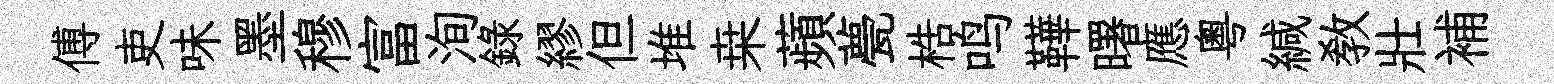
傅吏味墨穆富洵錄繆但堆桒蘋甍梏鸣鞾曙應粵緘教壯補